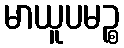
မာယူပမဉ္စ